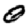
Digit: 0